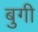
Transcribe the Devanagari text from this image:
बुगी